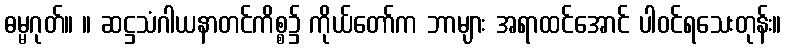
ဓမ္မဂုတ်။ ။ ဆဋ္ဌသံဂါယနာတင်ကိစ္စ၌ ကိုယ်တော်က ဘာများ အရာထင်အောင် ပါဝင်ရသေးတုန်း။